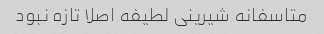
متاسفانه شیرینی لطیفه اصلا تازه نبود